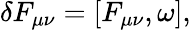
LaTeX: \delta F_{\mu\nu}=[F_{\mu\nu},\omega],